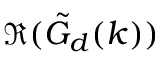
\Re ( \tilde { G } _ { d } ( k ) )